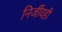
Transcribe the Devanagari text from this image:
निर्जीवही